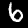
Digit: 6